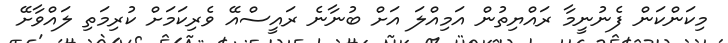
މިކަންކަން ފެނުނީމާ ރައްޔިތުން އަމިއްލަ އަށް ބުނާނެ ރައީސްއޭ ވެރިކަމަށް ކުރިމަތި ލައްވާށޭ